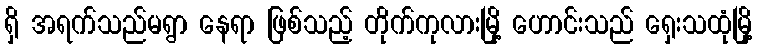
ရှိ အရက်သည်မရွာ နေရာ ဖြစ်သည့် တိုက်ကုလားမြို့ ဟောင်းသည် ရှေးသထုံမြို့